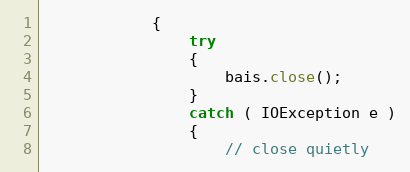
Language: Java
            {
                try
                {
                    bais.close();
                }
                catch ( IOException e )
                {
                    // close quietly